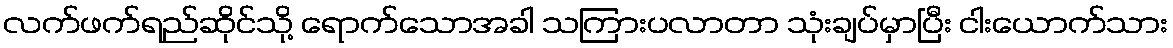
လက်ဖက်ရည်ဆိုင်သို့ ရောက်သောအခါ သကြားပလာတာ သုံးချပ်မှာပြီး ငါးယောက်သား